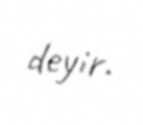
deyir.